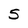
Character: S